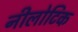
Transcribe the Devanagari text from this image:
नीलोटिक